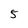
Character: 5